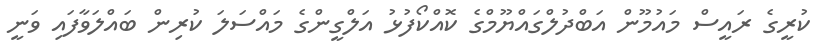
ކުރީގެ ރައީސް މައުމޫން އަބްދުލްގައްޔޫމްގެ ކޮއްކޯފުޅު އަލްގީންގެ މައްސަލަ ކުރިން ބައްލަވާފައި ވަނީ